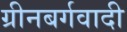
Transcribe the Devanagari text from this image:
ग्रीनबर्गवादी